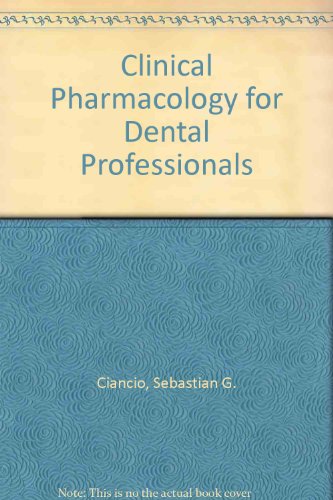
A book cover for Clinical Pharmacology for Dental Professionals; Sebastian G. Ciancio; Medical Books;